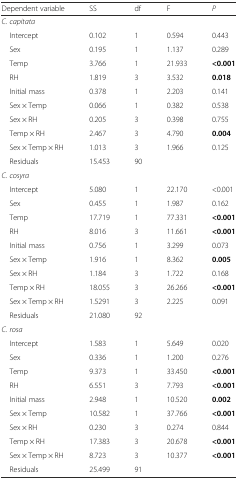
<table><thead><tr><td><b>Dependent variable</b></td><td><b>SS</b></td><td><b>df</b></td><td><b>F</b></td><td><b><i>P</i></b></td></tr></thead><tbody><tr><td><i>C. capitata</i></td><td></td><td></td><td></td><td></td></tr><tr><td> Intercept</td><td>0.102</td><td>1</td><td>0.594</td><td>0.443</td></tr><tr><td> Sex</td><td>0.195</td><td>1</td><td>1.137</td><td>0.289</td></tr><tr><td> Temp</td><td>3.766</td><td>1</td><td>21.933</td><td><b>&lt;0.001</b></td></tr><tr><td> RH</td><td>1.819</td><td>3</td><td>3.532</td><td><b>0.018</b></td></tr><tr><td> Initial mass</td><td>0.378</td><td>1</td><td>2.203</td><td>0.141</td></tr><tr><td> Sex × Temp</td><td>0.066</td><td>1</td><td>0.382</td><td>0.538</td></tr><tr><td> Sex × RH</td><td>0.205</td><td>3</td><td>0.398</td><td>0.755</td></tr><tr><td> Temp × RH</td><td>2.467</td><td>3</td><td>4.790</td><td><b>0.004</b></td></tr><tr><td> Sex × Temp × RH</td><td>1.013</td><td>3</td><td>1.966</td><td>0.125</td></tr><tr><td> Residuals</td><td>15.453</td><td>90</td><td></td><td></td></tr><tr><td><i>C. cosyra</i></td><td></td><td></td><td></td><td></td></tr><tr><td> Intercept</td><td>5.080</td><td>1</td><td>22.170</td><td>&lt;0.001</td></tr><tr><td> Sex</td><td>0.455</td><td>1</td><td>1.987</td><td>0.162</td></tr><tr><td> Temp</td><td>17.719</td><td>1</td><td>77.331</td><td><b>&lt;0.001</b></td></tr><tr><td> RH</td><td>8.016</td><td>3</td><td>11.661</td><td><b>&lt;0.001</b></td></tr><tr><td> Initial mass</td><td>0.756</td><td>1</td><td>3.299</td><td>0.073</td></tr><tr><td> Sex × Temp</td><td>1.916</td><td>1</td><td>8.362</td><td><b>0.005</b></td></tr><tr><td> Sex × RH</td><td>1.184</td><td>3</td><td>1.722</td><td>0.168</td></tr><tr><td> Temp × RH</td><td>18.055</td><td>3</td><td>26.266</td><td><b>&lt;0.001</b></td></tr><tr><td> Sex × Temp × RH</td><td>1.5291</td><td>3</td><td>2.225</td><td>0.091</td></tr><tr><td> Residuals</td><td>21.080</td><td>92</td><td></td><td></td></tr><tr><td><i>C. rosa</i></td><td></td><td></td><td></td><td></td></tr><tr><td> Intercept</td><td>1.583</td><td>1</td><td>5.649</td><td>0.020</td></tr><tr><td> Sex</td><td>0.336</td><td>1</td><td>1.200</td><td>0.276</td></tr><tr><td> Temp</td><td>9.373</td><td>1</td><td>33.450</td><td><b>&lt;0.001</b></td></tr><tr><td> RH</td><td>6.551</td><td>3</td><td>7.793</td><td><b>&lt;0.001</b></td></tr><tr><td> Initial mass</td><td>2.948</td><td>1</td><td>10.520</td><td><b>0.002</b></td></tr><tr><td> Sex × Temp</td><td>10.582</td><td>1</td><td>37.766</td><td><b>&lt;0.001</b></td></tr><tr><td> Sex × RH</td><td>0.230</td><td>3</td><td>0.274</td><td>0.844</td></tr><tr><td> Temp × RH</td><td>17.383</td><td>3</td><td>20.678</td><td><b>&lt;0.001</b></td></tr><tr><td> Sex × Temp × RH</td><td>8.723</td><td>3</td><td>10.377</td><td><b>&lt;0.001</b></td></tr><tr><td> Residuals</td><td>25.499</td><td>91</td><td></td><td></td></tr></tbody></table>